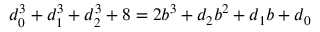
d _ { 0 } ^ { 3 } + d _ { 1 } ^ { 3 } + d _ { 2 } ^ { 3 } + 8 = 2 b ^ { 3 } + d _ { 2 } b ^ { 2 } + d _ { 1 } b + d _ { 0 }